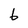
Character: 6